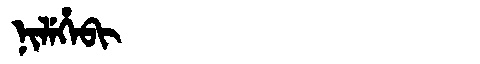
Manchu: ᠨᡳᠯᡝᡥᡝᠪᡳ
Romanization: NILEHEBI